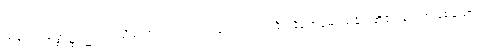
သမုဒယသစ္စာ၌။ ဉာဏံ၊ သိသော ဉာဏ်လည်းကောင်း။ သင်္ခါရနိရောဓေ၊ သင်္ခါရတို့၏ ချုပ်ရာဖြစ်သော